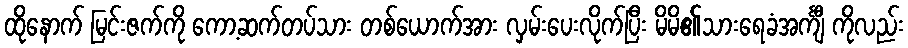
ထိုနောက် မြင်းဇက်ကို ကော့ဆက်တပ်သား တစ်ယောက်အား လှမ်းပေးလိုက်ပြီး မိမိ၏သားရေခံအင်္ကျီ ကိုလည်း